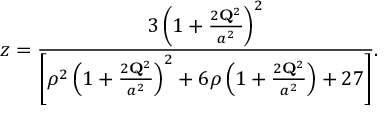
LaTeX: z = \frac { 3 \left( 1 + \frac { 2 { \bf Q } ^ { 2 } } { a ^ { 2 } } \right) ^ { 2 } } { \left[ \rho ^ { 2 } \left( 1 + \frac { 2 { \bf Q } ^ { 2 } } { a ^ { 2 } } \right) ^ { 2 } + 6 \rho \left( 1 + \frac { 2 { \bf Q } ^ { 2 } } { a ^ { 2 } } \right) + 2 7 \right] } .